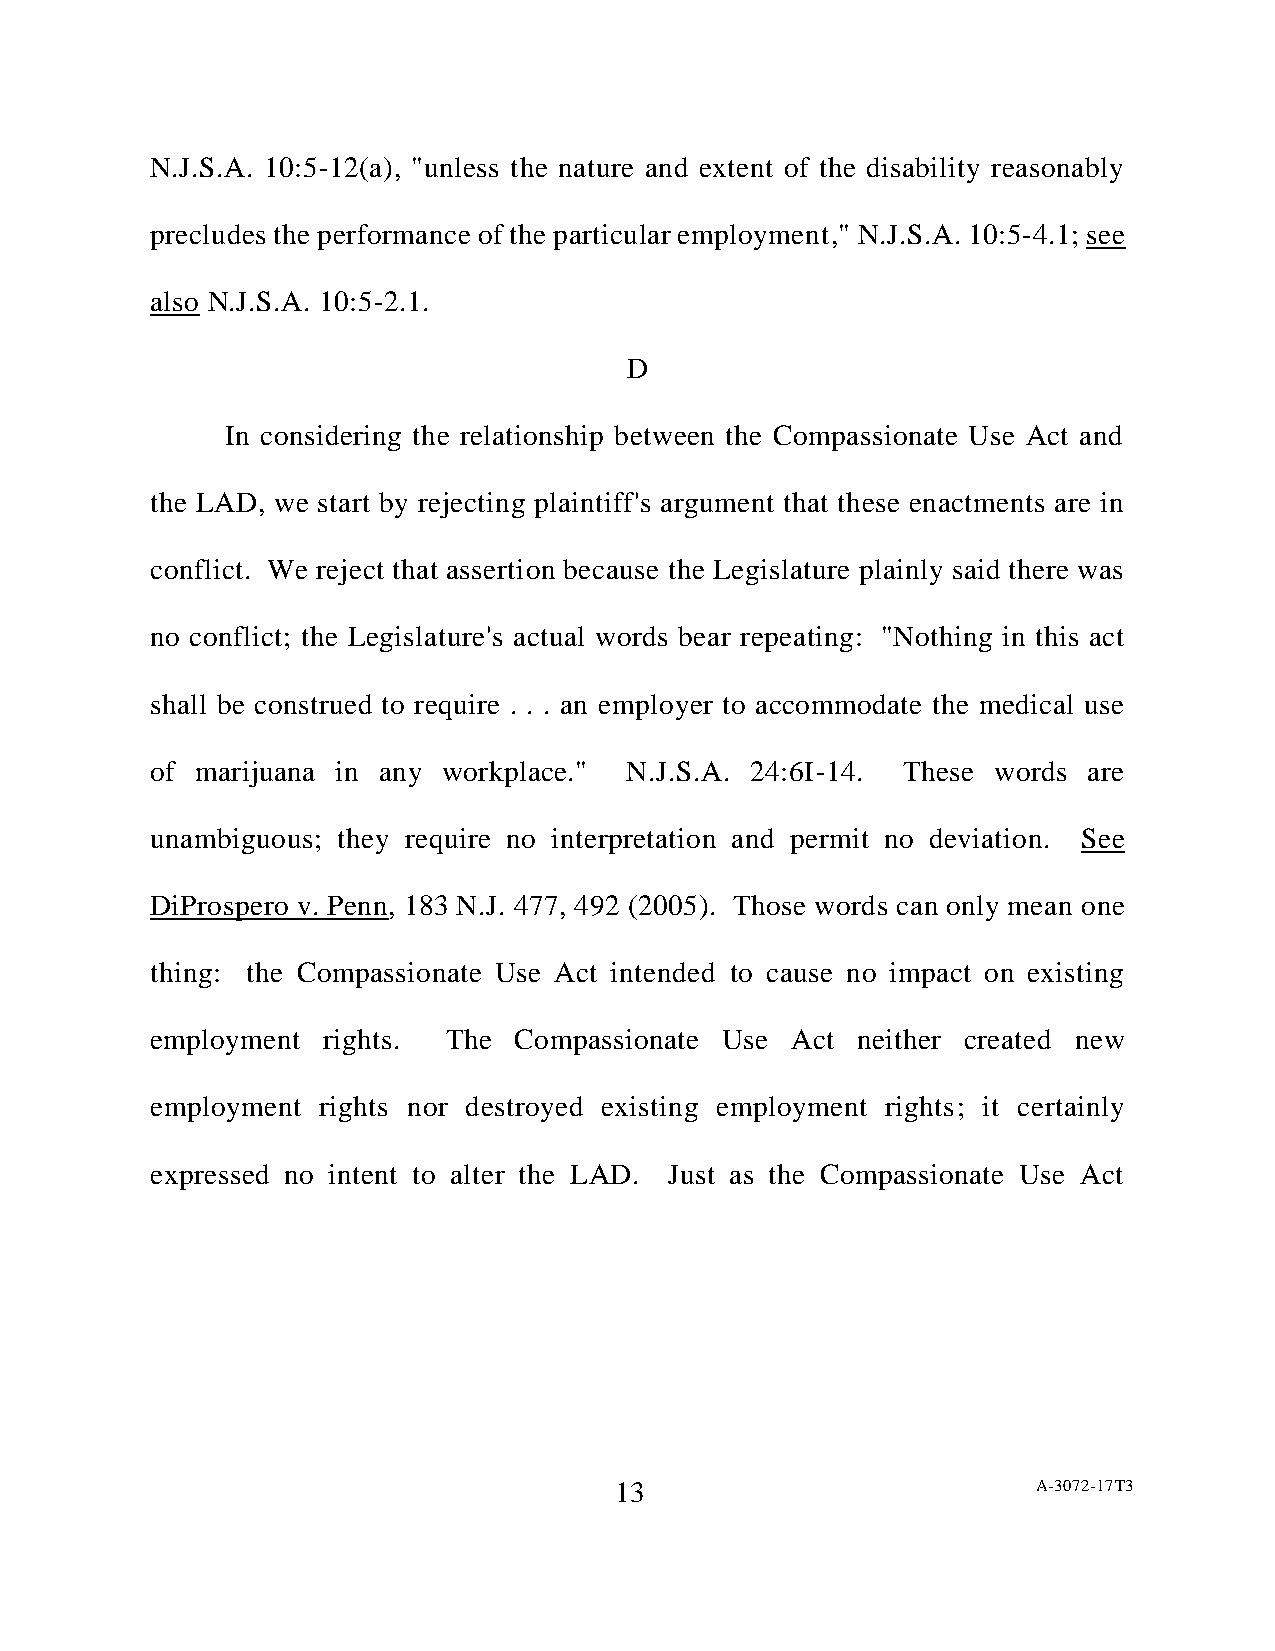
N.J.S.A. 10:5-12(a), "unless the nature and extent of the disability reasonably
 precludes the performance of the particular employment," N.J.S.A. 10:5-4.1; see
 also N.J.S.A. 10:5-2.1.
 D
 In considering the relationship between the Compassionate Use Act and
 the LAD, we start by rejecting plaintiff's argument that these enactments are in
 conflict. We reject that assertion because the Legislature plainly said there was
 no conflict; the Legislature's actual words bear repeating: "Nothing in this act
 shall be construed to require . . . an employer to accommodate the medical use
 of marijuana in any workplace." N.J.S.A. 24:6I-14. These words are
 unambiguous; they require no interpretation and permit no deviation. See
 DiProspero v. Penn, 183 N.J. 477, 492 (2005). Those words can only mean one
 thing: the Compassionate Use Act intended to cause no impact on existing
 employment rights.  The Compassionate Use Act  neither created new
 employment rights nor destroyed existing employment rights; it certainly
 expressed no intent to alter the LAD. Just as the Compassionate Use Act
 13                          A-3072-17T3